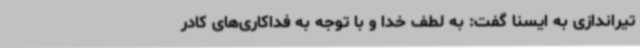
تیراندازی به ایسنا گفت: به لطف خدا و با توجه به فداکاری‌های کادر